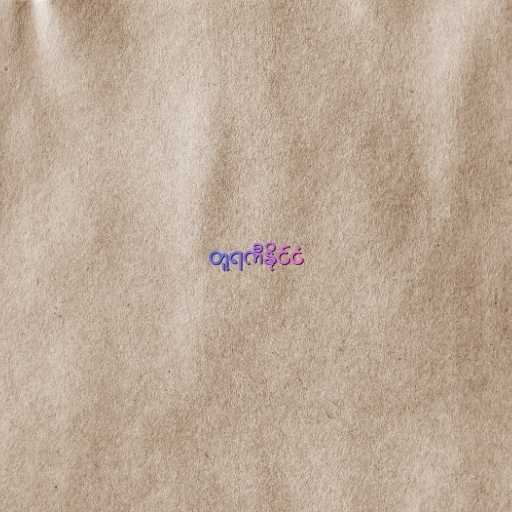
တူရကီနိုင်ငံ